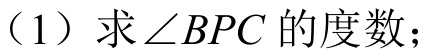
（1）求\(\angle BPC\)的度数；